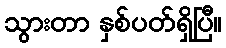
သွားတာ နှစ်ပတ်ရှိပြီ။